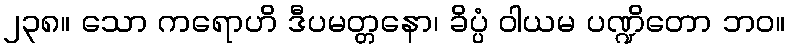
၂၃၈။ သော ကရောဟိ ဒီပမတ္တနော၊ ခိပ္ပံ ဝါယမ ပဏ္ဍိတော ဘဝ။